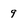
Character: 9